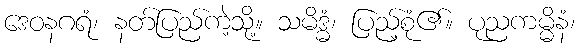
ဒေဝနဂရံ၊ နတ်ပြည်ကဲ့သို့။ သမိဒ္ဓံ၊ ပြည့်စုံ၏။ ပုညကမ္မိနံ၊